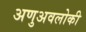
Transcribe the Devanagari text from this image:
अणुअवलोकी